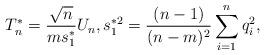
LaTeX: \begin{align*}T_n^{\ast}=\frac{\sqrt{n}}{m s_1^{\ast}}U_n,s_1^{\ast2}=\frac{(n-1)}{(n-m)^2}\sum_{i=1}^nq_i^2,\end{align*}